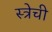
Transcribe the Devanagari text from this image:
स्त्रेची